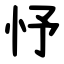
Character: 忬